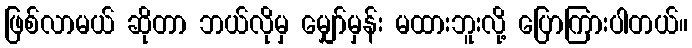
ဖြစ်လာမယ် ဆိုတာ ဘယ်လိုမှ မျှော်မှန်း မထားဘူးလို့ ပြောကြားပါတယ်။